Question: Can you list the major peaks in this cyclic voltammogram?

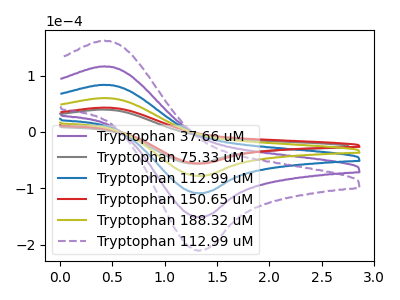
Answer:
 <answer>The purple curve "Tryptophan 37.66 uM" has an anodic peak at (0.40V, 180.05uA) and a cathodic peak at (1.35V, -234.55uA). The gray curve "Tryptophan 75.33 uM" has an anodic peak at (0.40V, 39.65uA) and a cathodic peak at (1.30V, -56.20uA). The blue curve "Tryptophan 112.99 uM" has an anodic peak at (0.40V, 120.05uA) and a cathodic peak at (1.35V, -156.35uA). The red curve "Tryptophan 150.65 uM" has an anodic peak at (0.40V, 43.15uA) and a cathodic peak at (1.35V, -56.20uA). The olive curve "Tryptophan 188.32 uM" has an anodic peak at (0.40V, 60.00uA) and a cathodic peak at (1.35V, -78.20uA). The purple dashed curve "Tryptophan 112.99 uM" has an anodic peak at (0.40V, 240.05uA) and a cathodic peak at (1.35V, -312.70uA).</answer>
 <eval></eval>